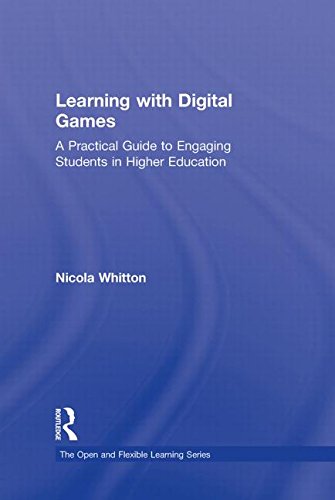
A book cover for Learning with Digital Games: A Practical Guide to Engaging Students in Higher Education (Open and Flexible Learning Series); Nicola Whitton; Education & Teaching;